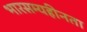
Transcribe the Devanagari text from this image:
भारसम्यहीनता